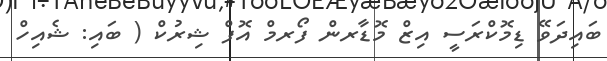
ބައިދަވޭ ޑިމޮކްރަސީ އިޒް މޮޑާރން ފޯރމް އޮފް ޝިރުކް ( ބައި: ޝެއިހް